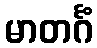
မာတင်္ဂံ